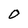
Character: O